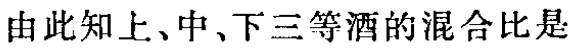
由此知上、中、下三等酒的混合比是